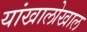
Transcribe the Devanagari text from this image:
यांखालोखाल